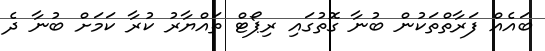
ބައެއް ފަރާތްތަކުން ބުނާ ގޮތުގައި ރިޕޯޓް ތައްޔާރު ކުރާ ކަމަށް ބުނާ ދެ